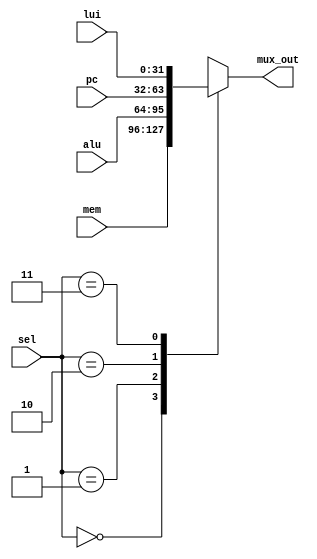
module mux4x1 (sel, mem, alu, pc,lui, mux_out);
parameter WIDTH=32;
input   [1:0]       sel;
input   [WIDTH-1:0] mem, alu, pc,lui ;

output reg [WIDTH-1:0] mux_out;

always @ ( sel , mem , alu , pc , lui )
begin
    case (sel)
        2'b00: mux_out = mem;
        2'b01: mux_out = alu;
        2'b10: mux_out = pc;
        2'b11: mux_out = lui;
    endcase
end
endmodule